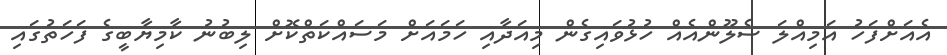
އެއަށްފަހު އަމިއްލަ ސެލޫންއެއް ހުޅުވައިގެން މިއަދާއި ހަމައަށް މަސައްކަތްކޮށް ލިބުނު ކާމިޔާބީގެ ފަހަތުގައި